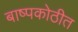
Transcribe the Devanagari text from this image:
बाष्पकोठीत